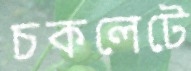
চকলেটে